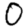
Digit: 0